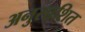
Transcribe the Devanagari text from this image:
अनुसाशित